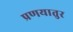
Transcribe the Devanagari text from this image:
प्रणयातुर